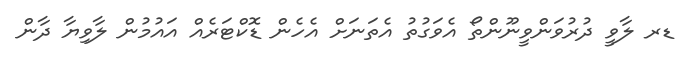
ޑރ ލާވީ ދުރުވަންވީނޫންތޯ އެވަގުތު އެތަނަށް އެހެން ޑޮކްޓަރެއް އައުމުން ލާވިޔާ ދާން